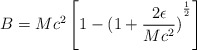
\begin{align*}B=M c^{2}\left[1-{(1+\frac{2\epsilon} {M c^{2}})}^{\frac{1} {2}}\right]\end{align*}